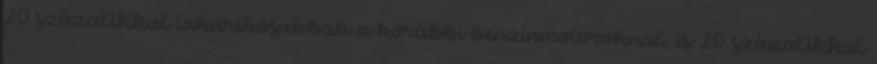
20 százalékkal takarékosabbak a korábbi benzinmotoroknál, és 20 százalékkal